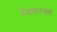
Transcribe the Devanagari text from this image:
दैवासारख्या